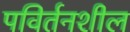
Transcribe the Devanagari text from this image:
पविर्तनशील